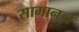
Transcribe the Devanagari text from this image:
सामानज्ञ